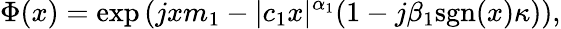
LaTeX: \Phi(x)=\textrm{exp}\left(jxm_{1}-|c_{1}x|^{\alpha_{1}}(1-j\beta_{1}\textrm{sgn}(x)\kappa)\right),